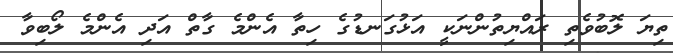
ތިޔަ ލޮބުވެތި ރައްޔިތުންނަކީ އަޅުގަނޑުގެ ހިތާ އެންމެ ގާތް އަދި އެންމެ ލޯބިވާ